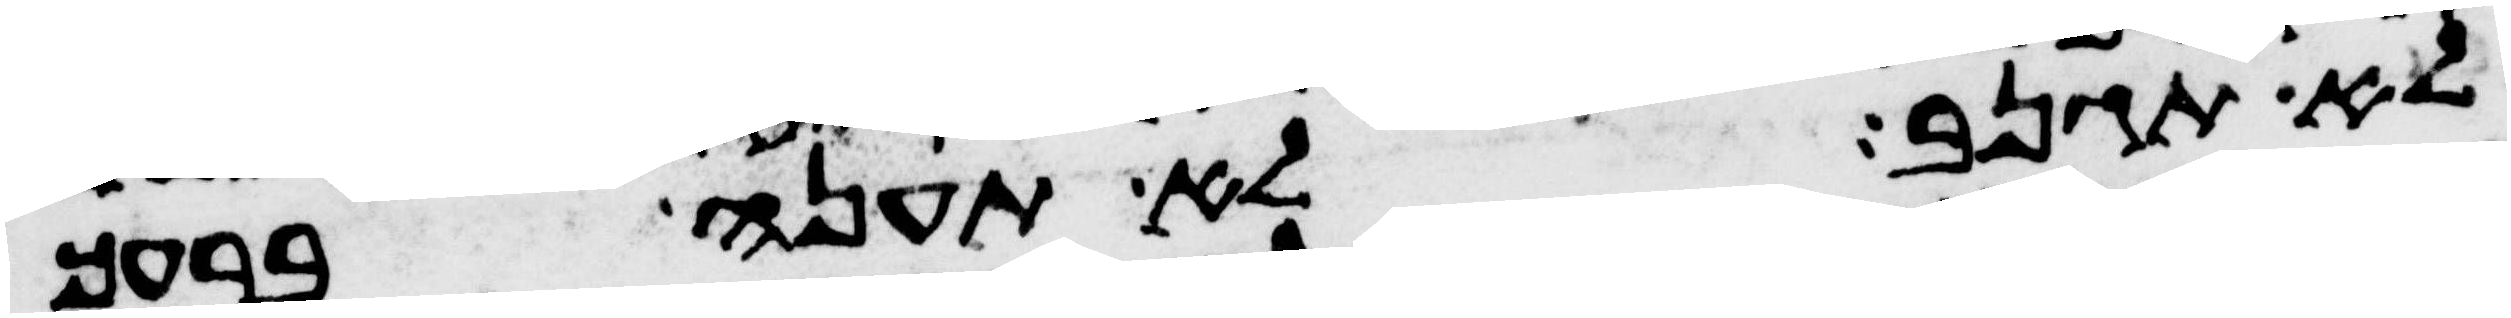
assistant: לא תגנב לא תענה ברעך